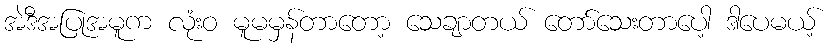
အဲဒီအပြုအမူက လုံးဝ မူမမှန်တာတော့ သေချာတယ် တော်သေးတာပေါ့ ဒါပေမယ့်